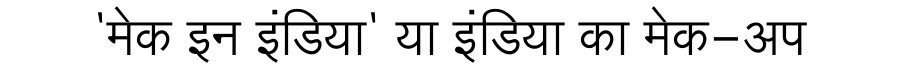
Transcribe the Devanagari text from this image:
'मेक इन इंडिया' या इंडिया का मेक-अप